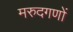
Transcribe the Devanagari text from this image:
मरुदगणों